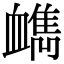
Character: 𧗔